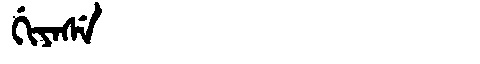
Manchu: ᡤᡳᠶᠠᠰᡝ
Romanization: GIYASE